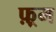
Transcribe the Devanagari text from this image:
फ़्रम